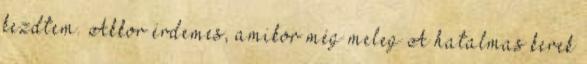
kezdtem. Akkor érdemes, amikor még meleg A hatalmas kerek